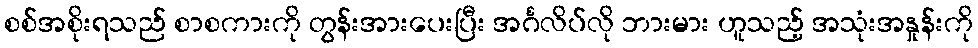
စစ်အစိုးရသည် စာစကားကို တွန်းအားပေးပြီး အင်္ဂလိပ်လို ဘားမား ဟူသည့် အသုံးအနှုန်းကို